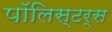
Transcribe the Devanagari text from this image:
पॉलिस्टर्स